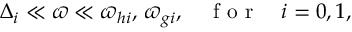
\Delta _ { i } \ll \varpi \ll \varpi _ { h i } , \, \varpi _ { g i } , \quad \textrm { f o r } \quad i = 0 , 1 ,